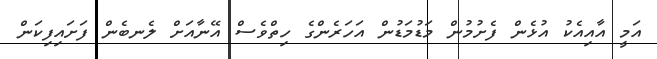
އަމީ އާއިއެކު އުޅެން ފެށުމުން މަޑުމަޑުން އަހަރެންގެ ހިތްވެސް އޭނާއަށް ލެނބެން ފަށައިފިކަން